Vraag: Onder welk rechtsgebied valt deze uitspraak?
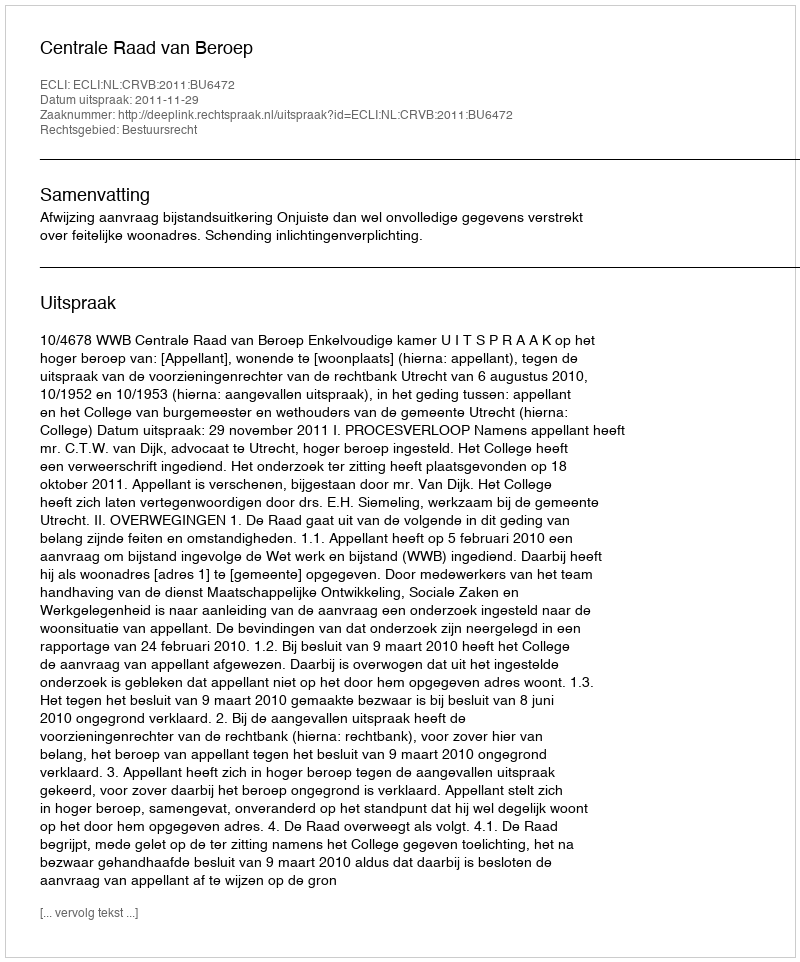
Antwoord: Bestuursrecht